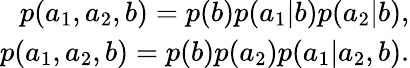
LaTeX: \begin{array}{r}{p(a_{1},a_{2},b)=p(b)p(a_{1}|b)p(a_{2}|b),}\\ {p(a_{1},a_{2},b)=p(b)p(a_{2})p(a_{1}|a_{2},b).}\end{array}